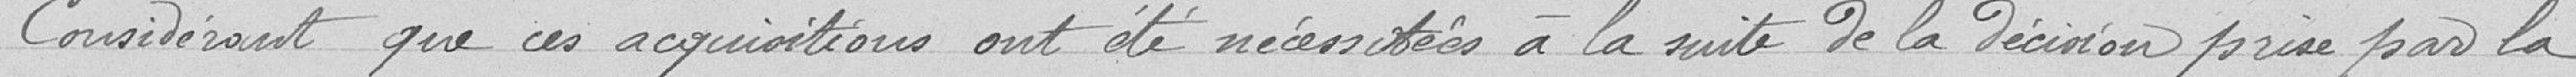
Considérant que ces acquisitions ont été nécessitées à la suite de la décision prise par la